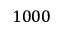
1 0 0 0